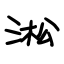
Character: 淞